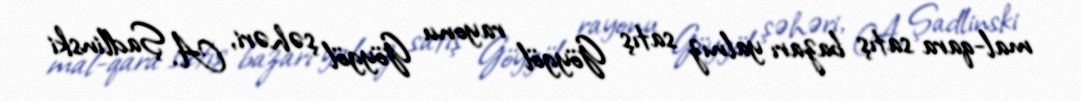
mal-qara satış bazarı yalnız satış Göygöl rayonu Göygöl şəhəri, A. Şadlinski